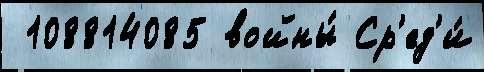
 108814085 войны́ Ср'ед'и́